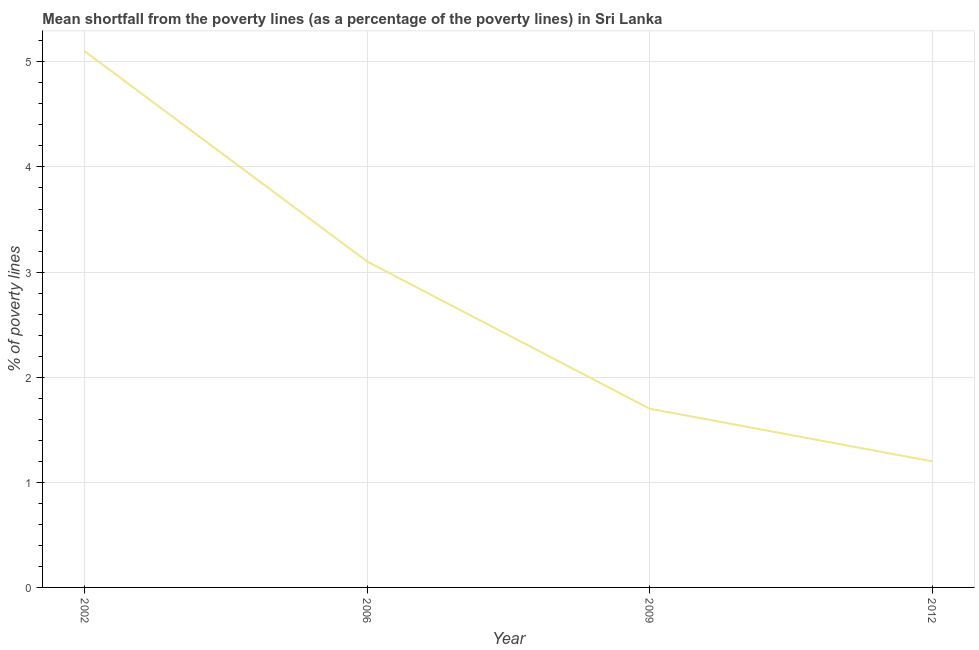
| Year | Poverty gap at national poverty lines |
 | --- | --- |
 | 2002 | 5.1 |
 | 2006 | 3.1 |
 | 2009 | 1.7 |
 | 2012 | 1.2 |